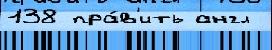
138 пра́в'ить англ